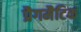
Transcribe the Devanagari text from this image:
प्रैगमैटिक